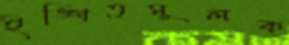
ইঙ্গিতমূলক